Plague in India, 1896, 1897 - Volume 3
Year: 1896
Disease focus: Plague
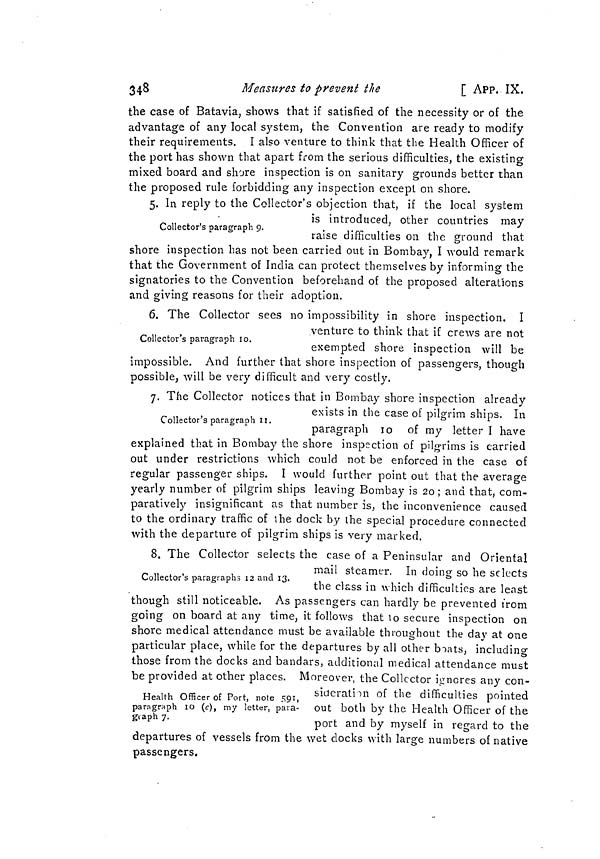
348
Measures to prevent the
[ APP. IX.
the case of Batavia, shows that if satisfied of the necessity or of the
advantage of any local system, the Convention are ready to modify
their requirements. I also venture to think that the Health Officer of
the port has shown that apart from the serious difficulties, the existing
mixed board and shore inspection is on sanitary grounds better than
the proposed rule forbidding any inspection except on shore.
5. In reply to the Collector's objection that, if the local system
Collector's paragraph 9.
is introduced, other countries may
raise difficulties on the ground that
shore inspection has not been carried out in Bombay, I would remark
that the Government of India can protect themselves by informing the
signatories to the Convention beforehand of the proposed alterations
and giving reasons for their adoption.
6. The Collector sees no impossibility in shore inspection. I
Collector's paragraph 10.
venture to think that if crews are not
exempted shore inspection will be
impossible. And further that shore inspection of passengers, though
possible, will be very difficult and very costly.
7. The Collector notices that in Bombay shore inspection already
Collector's paragraph 11.
exists in tne case of pilgrim snips. In
paragraph 10 of my letter I have
explained that in Bombay the shore inspection of pilgrims is carried
out under restrictions which could not be enforced in the case of
regular passenger ships. I would further point out that the average
yearly number of pilgrim ships leaving Bombay is 20 ; and that, com-
paratively insignificant as that number is, the inconvenience caused
to the ordinary traffic of the dock by the special procedure connected
with the departure of pilgrim ships is very marked.
8. The Collector selects the case of a Peninsular and Oriental
Collector's paragraphs 12 and 13.
mail steamer. In doing so he selects
the class in which difficulties are least
though still noticeable. As passengers can hardly be prevented from
going on board at any time, it follows that to secure inspection on
shore medical attendance must be available throughout the day at one
particular place, while for the departures by all other boats, including
those from the docks and bandars, additional medical attendance must
be provided at other places. Moreover, the Collector ignores any con-
Health Officer of Port, note 591,
paragraph 10 (c), my letter, para-
giaph 7.
sideration oi tne difficulties pointed
out both by the Health Officer of the
port and by myself in regard to the
departures of vessels from the wet clocks with large numbers of native
passengers.